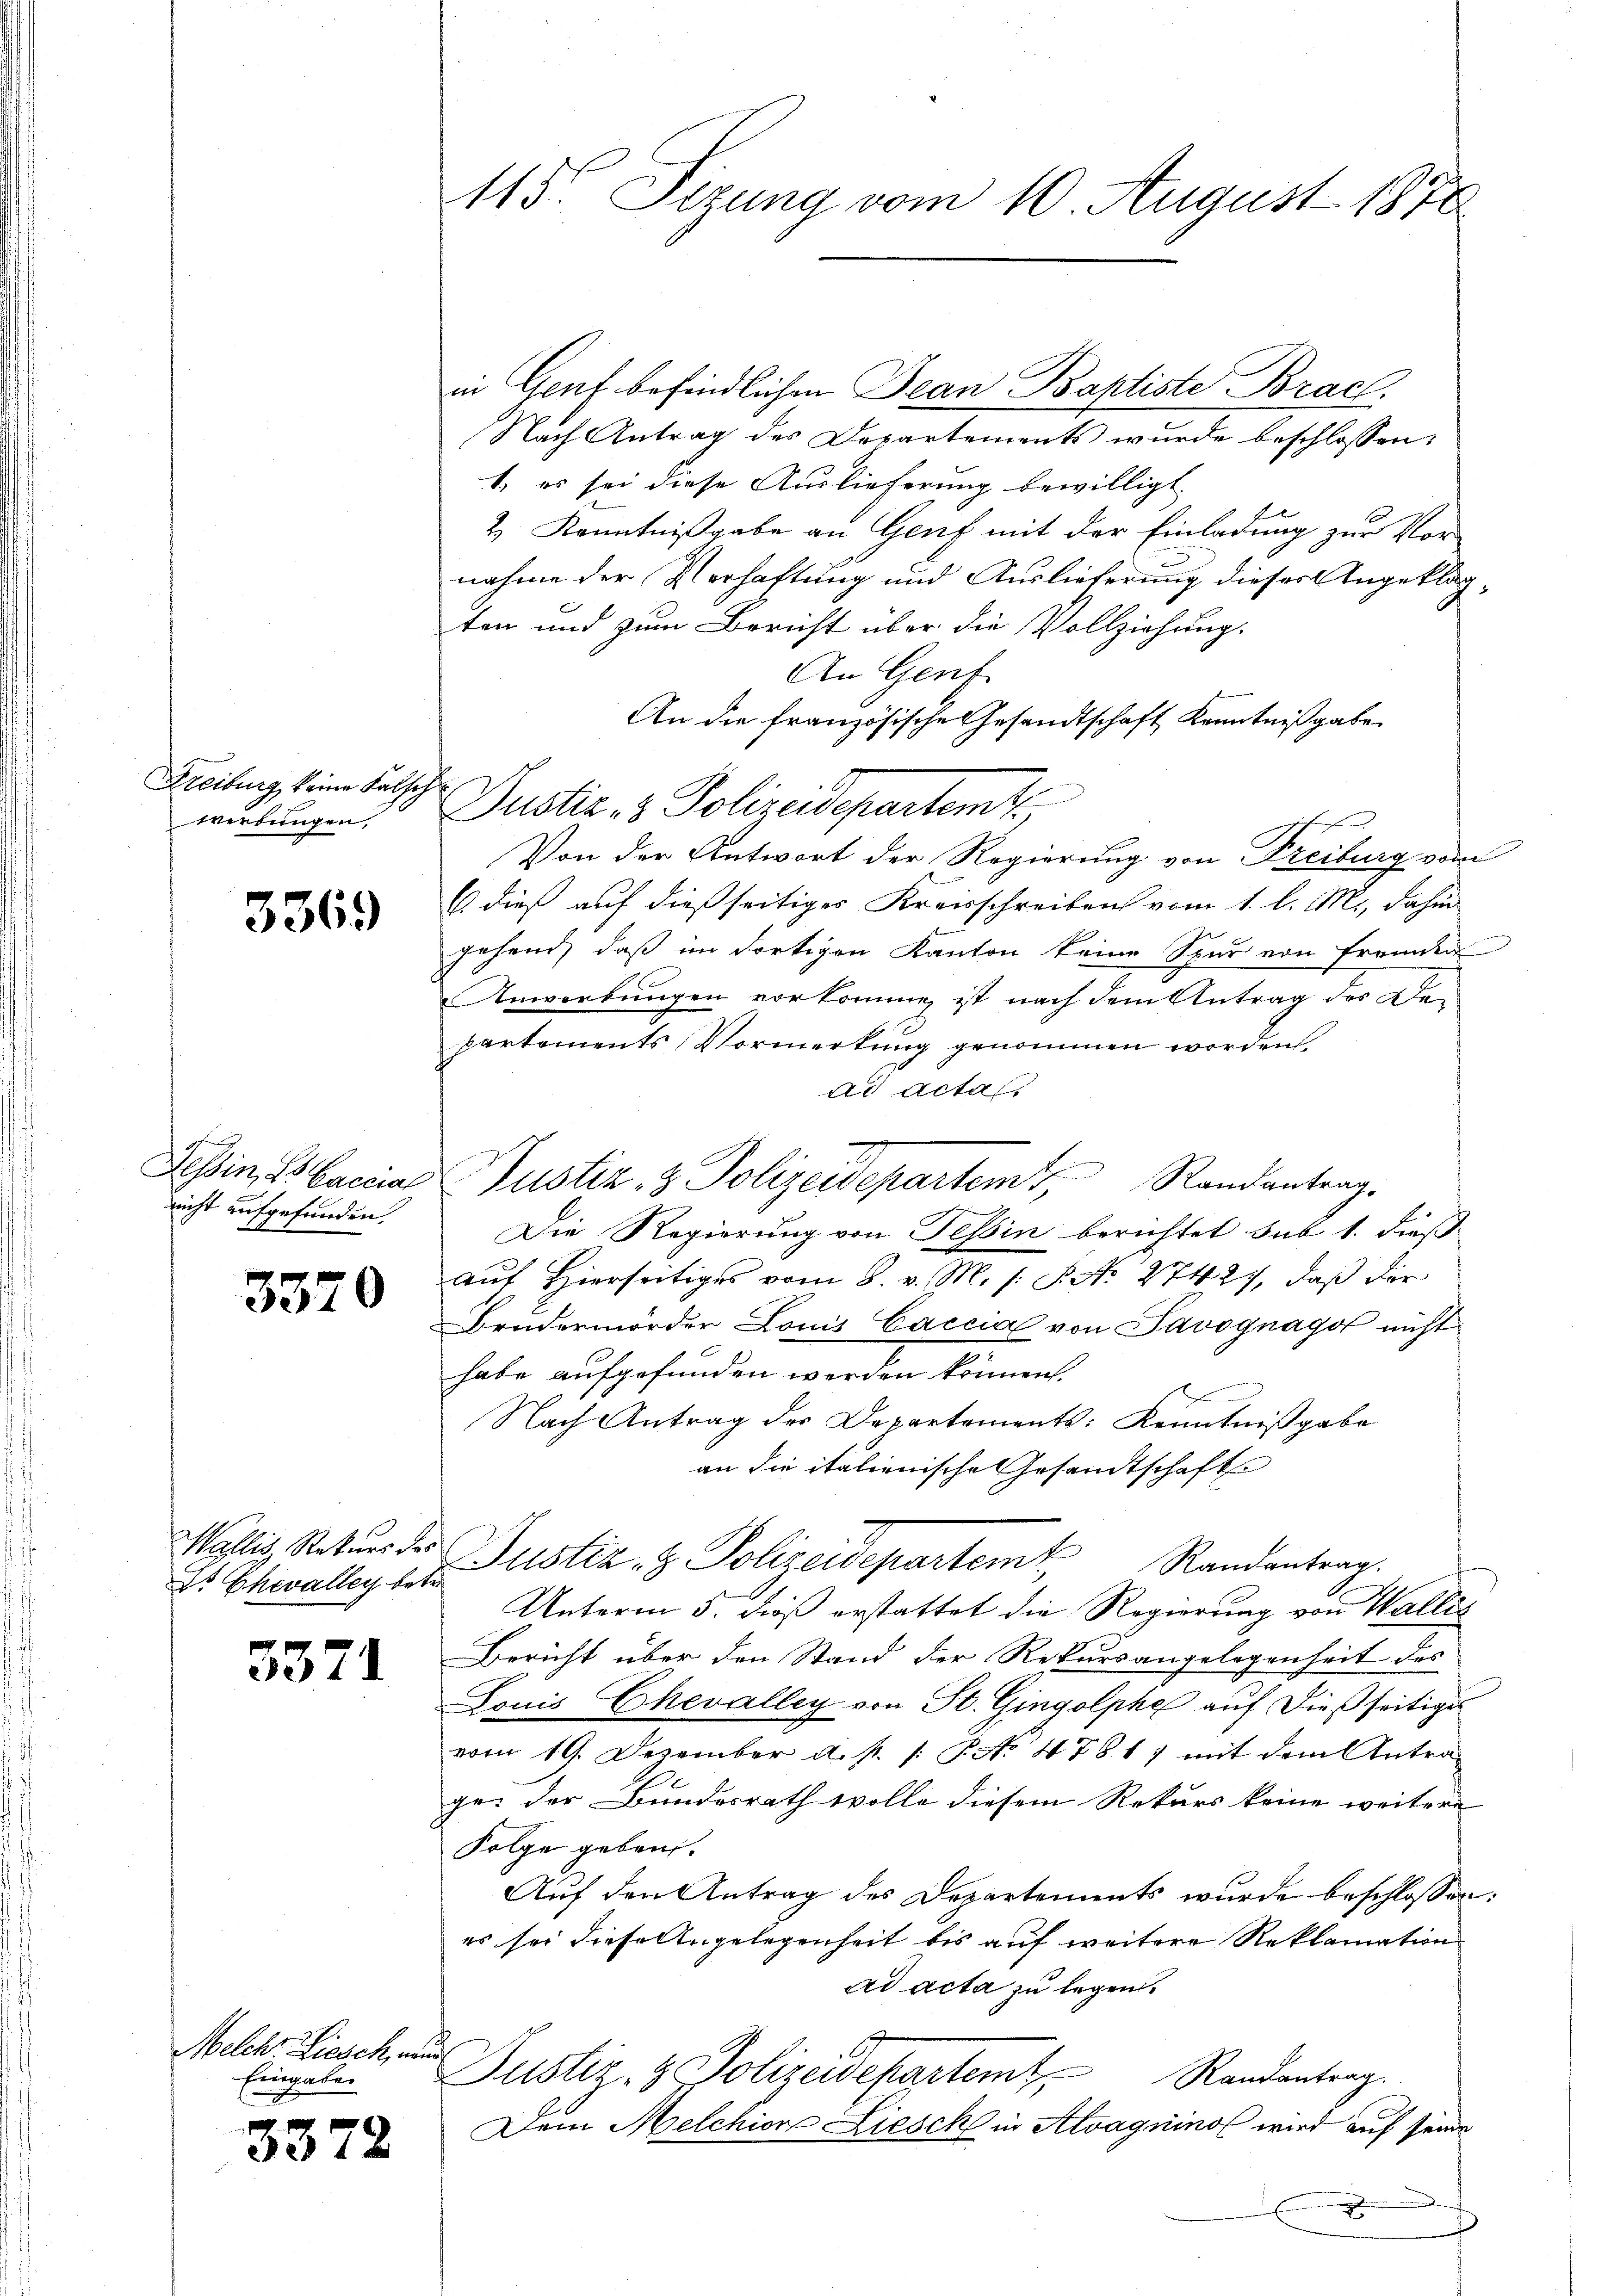
Freiburg, keine Falsch
werbungen.

3369

Tessin, es accial
nicht aufgefunden,

3370

Wallis, Rekurs des

3371

Melche Liesch, nun
Eingabe
m
B

3372

115. Sizung vom 10. August 1872

Nach Antrag des Departements wurde beschlossen:
1. es sei diese Auslieferung bewilligt.
e
2. Kenntnißgabe an Genf mit der Einladung zur Vornahme der Verhaftung und Auslieferung dieser Angeklagten und zum Bericht über die Vollziehung.
An Genf
An die französische Gesandtschaft Kenntnißgabe
Justiz- & Polizeidepartemt
Von der Antwort der Regierung von Freiburg vom
6. dieß auf dießseitiges Kreisschreiben vom 1. l. M., dahin
gehend, daß im dortigen Kanton keine Spur von Fremden
Anwerbungen vorkomme ist nach dem Antrag der De-
partements Vormerkung genommen worden,
ad acta
u
Randantrag.
Die Regierung von Tessin berichtet sub 1. dieß
auf Hierseitiges vom 8. v. M. s. S. No 27427, daß der
Brudermorder Louis Caccia von Savognagot nicht
habe aufgefunden werden können.
Nach Antrag der Departements: Kenntnißgabe
an die italienische Gesandtschaft
ds Chevalley der Justiz- & Polizeidepartem Randantrag.
Unterm 5. dieß erstattet die Regierung von Wallis
Bericht über den Stand der Rekursangelegenheit des
Louis Chevalley von St. Gingolphe auf dießseitiges
vom 19. Dezember a. p. /: P. No 478. 1) mit dem Antra-
ge: der Bundesrath wolle diesem Rekurs keine weitere
Folge geben.
Auf den Antrag des Departements wurde beschlossen:
es sei diese Angelegenheit bis auf weitere Reklamation
ad acta zu legen.
Justiz- & Polizeidepartemt,
Randantrag.
Dem Melchion Liesch in Alvagnino wird auf seine
x

Justiz & Polizeidepartemt,

in Genf befindlichen Jean Bahliste Bracl.